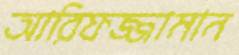
আরিফজ্জামান